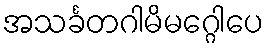
အသင်္ခတဂါမိမဂ္ဂေါပေ